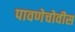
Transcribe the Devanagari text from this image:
पावणेचोवीस